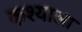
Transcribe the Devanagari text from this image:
कश्याला